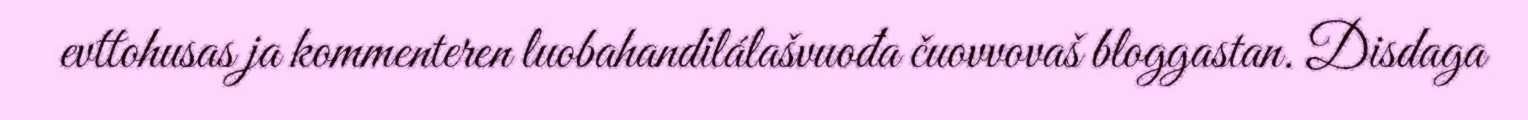
evttohusas ja kommenteren luobahandilálašvuođa čuovvovaš bloggastan. Disdaga